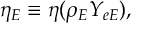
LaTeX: \eta _ { E } \equiv \eta ( \rho _ { E } Y _ { e E } ) ,